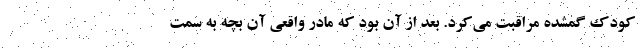
کودک گمشده مراقبت می‌کرد. بعد از آن بود که مادر واقعی آن بچه به سمت